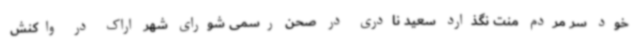
خود سر مردم منت نگذارد سعید نادری در صحن رسمی شورای شهر اراک در واکنش